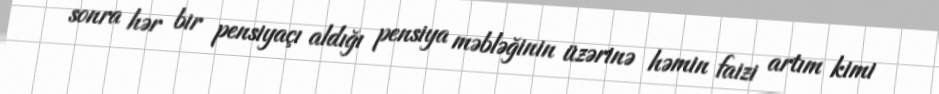
sonra hər bir pensiyaçı aldığı pensiya məbləğinin üzərinə həmin faizi artım kimi